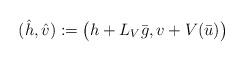
LaTeX: \begin{align*}(\hat h, \hat v):=\big(h+L_V \bar g, v+ V (\bar u)\big)\end{align*}